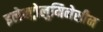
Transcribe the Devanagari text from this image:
इलेक्ट्रोलुमिनेसीन